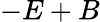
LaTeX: -E+B